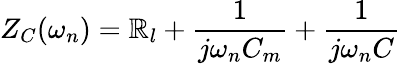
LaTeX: Z_{C}(\omega_{n})=\mathbb{R}_{l}+\frac{{1}}{{j\omega_{n}C_{m}}}+\frac{{1}}{{j\omega_{n}C}}